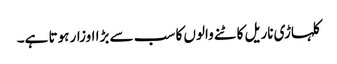
کلہاڑی ناریل کاٹنے والوں کا سب سے بڑا اوزار ہوتا ہے۔